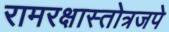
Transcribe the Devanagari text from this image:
रामरक्षास्तोत्रजपे